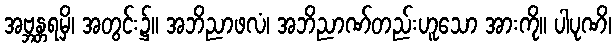
အဗ္ဘန္တရမှိ၊ အတွင်း၌။ အဘိညာဖလံ၊ အဘိညာဏ်တည်းဟူသော အားကို။ ပါပုဏိ၊